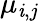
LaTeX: \mu_{\mathit{i},j}